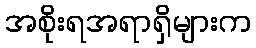
အစိုးရအရာရှိများက